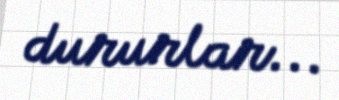
dururlar...